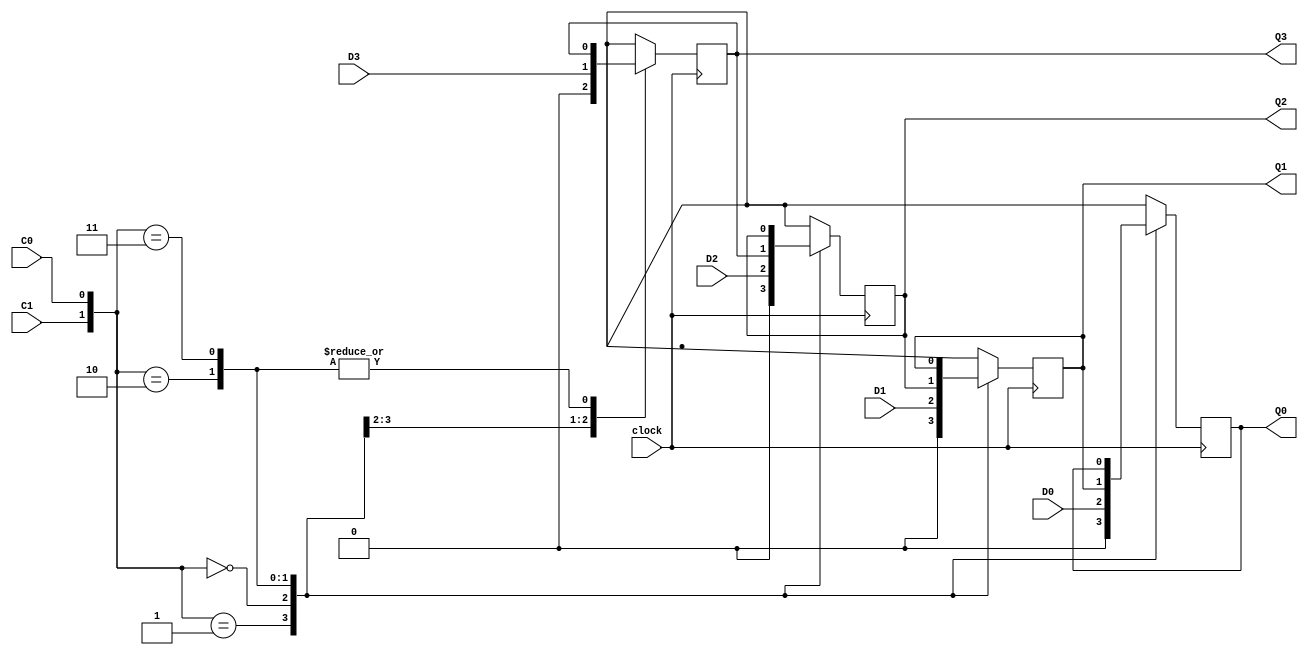
module  Areg ( Q3,Q2,Q1,Q0, D3,D2,D1,D0, clock, C1, C0);
    input   D3,D2,D1,D0, clock, C1,C0;
    output  Q3,Q2,Q1,Q0;
    reg Q3,Q2,Q1,Q0;

    parameter Load= 2'b00, Reset= 2'b01, Shift= 2'b10, Hold= 2'b11;

    always @( posedge clock)
    begin
        case ( {C1,C0} )
            Reset: begin
                {Q3, Q2, Q1, Q0} = 4'b0000;
            end
            Load : begin
                {Q3, Q2, Q1, Q0}= {D3, D2, D1, D0};
            end
            Shift: begin
                {Q3, Q2, Q1, Q0}= {Q3, Q3, Q2, Q1}; //shiftout bit is connected in netlist
            end
            Hold: begin
            end
        endcase
    end


endmodule